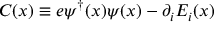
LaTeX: C ( x ) \equiv e \psi ^ { \dagger } ( x ) \psi ( x ) - \partial _ { i } E _ { i } ( x )